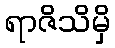
ရာဇိသိမှိ